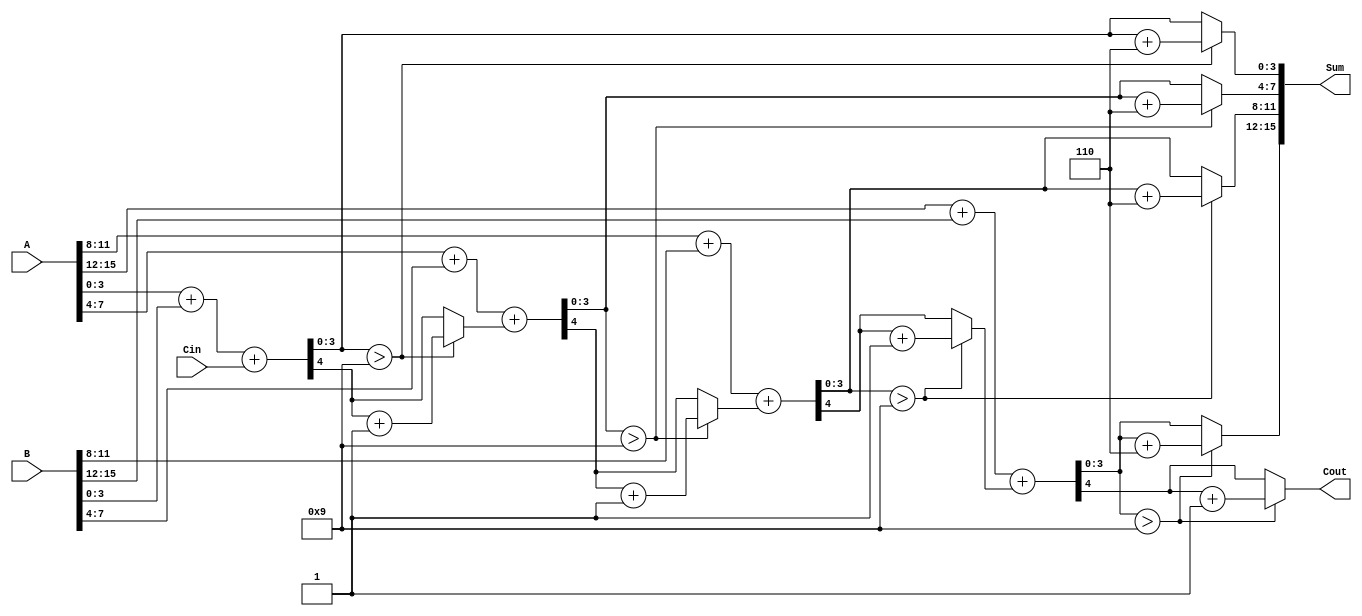
module BCD_Redundant_Binary_Adder (
    input [15:0] A,     // First BCD input in redundant binary format
    input [15:0] B,     // Second BCD input in redundant binary format
    input Cin,          // Carry input
    output reg [15:0] Sum,    // BCD output in redundant binary format
    output reg Cout      // Carry output
);

    reg [4:0] carry;  // 5 bits for carry propagation
    integer i;

    always @(*) begin
        // Initialize carry and Sum
        carry = Cin; 
        Sum = 0;
        Cout = 0;

        // Digit-wise addition for each BCD digit
        for (i = 0; i < 4; i = i + 1) begin
            // Add the corresponding digits and the carry
            {carry[i + 1], Sum[i * 4 +: 4]} = A[i * 4 +: 4] + B[i * 4 +: 4] + carry[i];

            // Correction logic
            if (Sum[i * 4 +: 4] > 4'b1001) begin
                Sum[i * 4 +: 4] = Sum[i * 4 +: 4] + 4'b0110; // Add 6
                carry[i + 1] = carry[i + 1] + 1; // Increment carry
            end
        end

        // Assign final carry out
        Cout = carry[4];
    end

endmodule